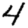
Digit: 4